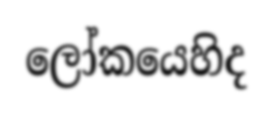
ලෝකයෙහිද